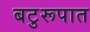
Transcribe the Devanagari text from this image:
बटुरूपात